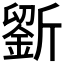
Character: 𣃋